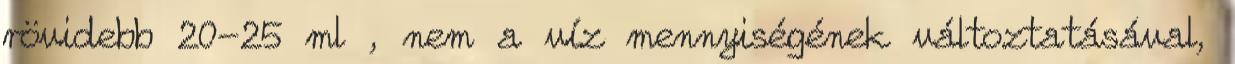
rövidebb 20-25 ml , nem a víz mennyiségének változtatásával,